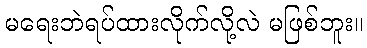
မရေးဘဲရပ်ထားလိုက်လို့လဲ မဖြစ်ဘူး။